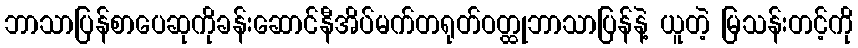
ဘာသာပြန်စာပေဆုကိုခန်းဆောင်နီအိပ်မက်တရုတ်ဝတ္ထုဘာသာပြန်နဲ့ ယူတဲ့ မြသန်းတင့်ကို